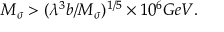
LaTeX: M _ { \sigma } > ( \lambda ^ { 3 } b / M _ { \sigma } ) ^ { 1 / 5 } \times 1 0 ^ { 6 } { G e V . }